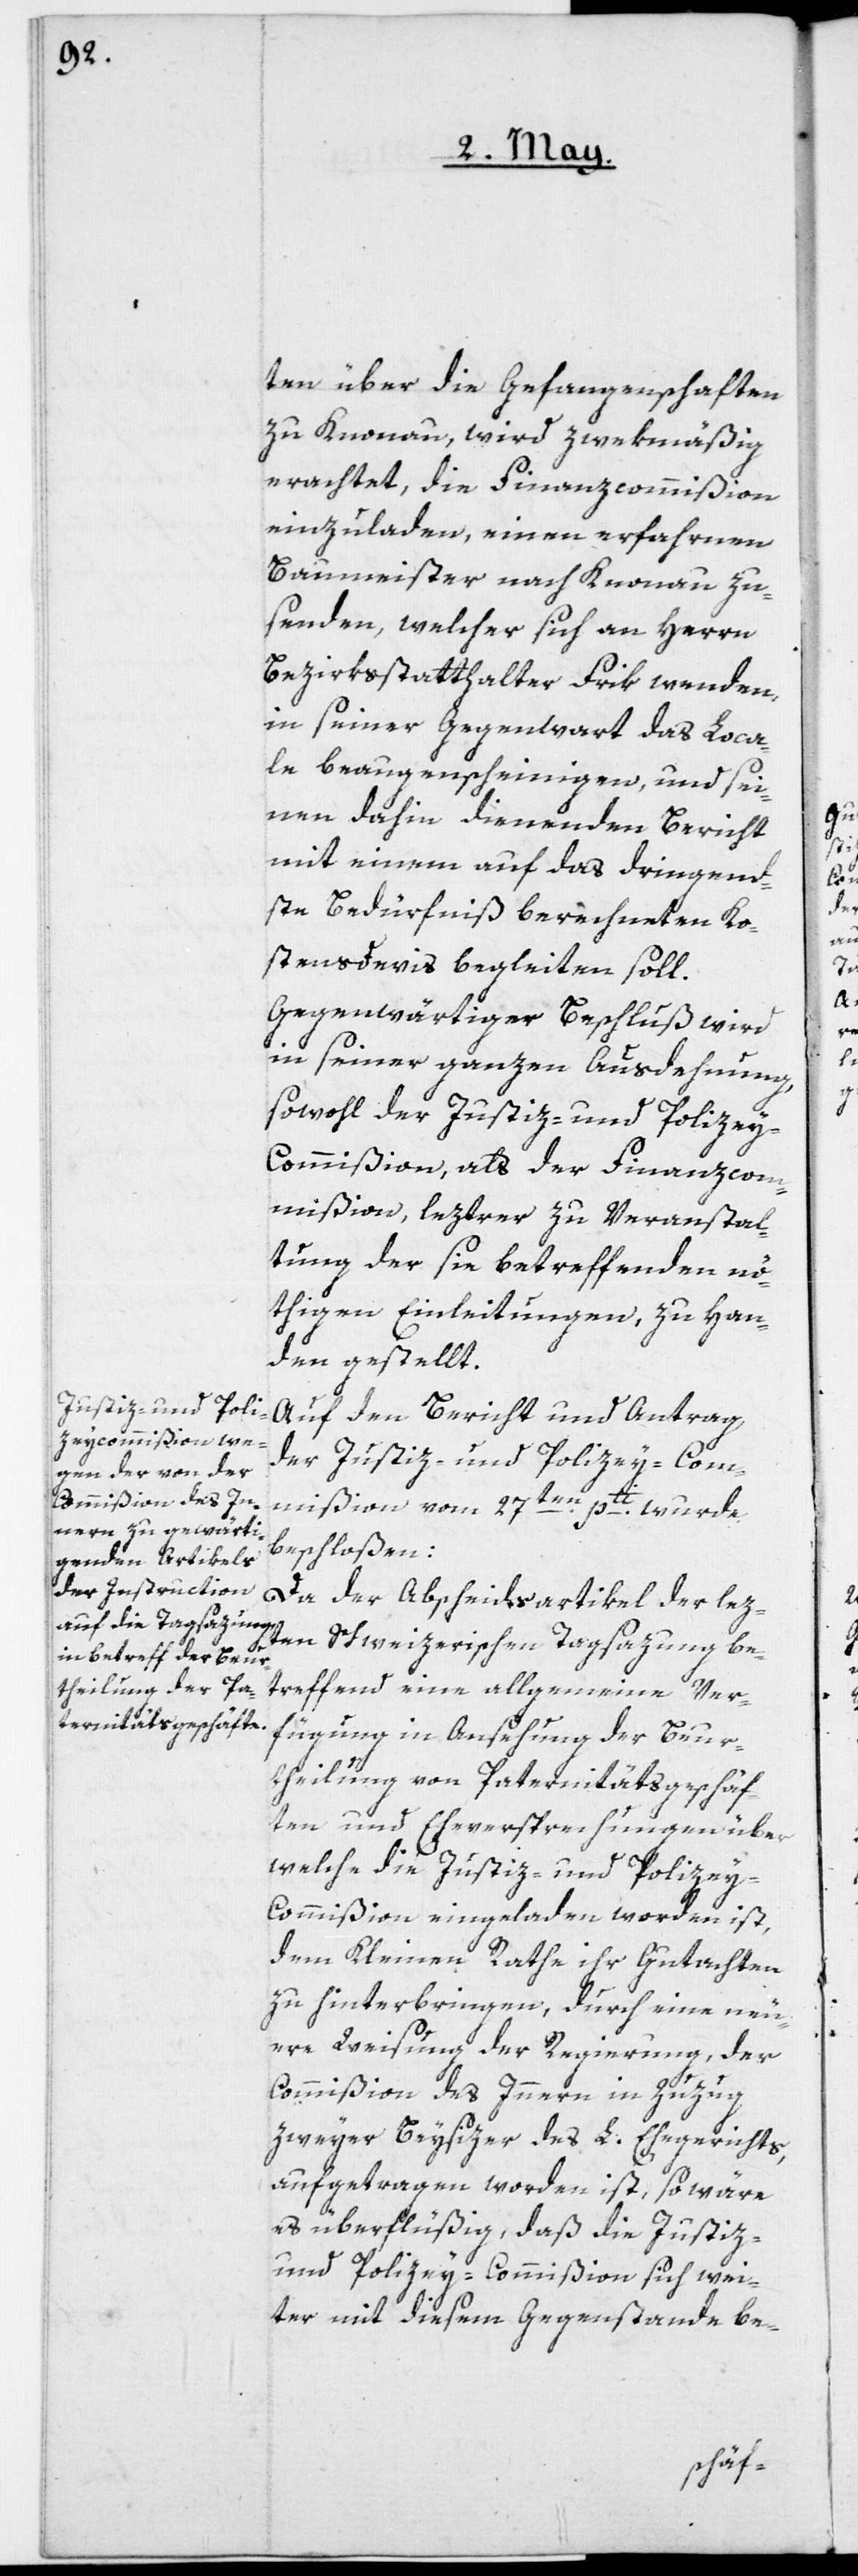
ten über die Gefangenschaften
zu Knonau wird zwekmäßig
erachtet, die Finanzcommißion
einzuladen, einen erfahrnen
Baumeister nach Knonau zu
senden, welcher sich an Herrn
Bezirksstatthalter Frik wenden,
in seiner Gegenwart das Loca¬
le beaugenscheinigen, und sei¬
nen dahin dienenden Bericht
mit einem auf das dringend¬
ste Bedürfniß berechneten Ko¬
stensdevis begleiten soll.
Gegenwärtiger Beschluß wird
in seiner ganzen Ausdehung,
sowohl der Justiz- und Polize¬
y-Commißion, als der Finanzcom¬
mißion, leztrer zu Veranstal¬
tung der sie betreffenden nö¬
thigen Einleitungen zu Han¬
den gestellt.
Auf den Bericht und Antrag
der Justiz- und Polizey-Com¬
mißion vom 27ten pti wurde
beschloßen:
Da der Abscheidsartikel der lez¬
ten Schweizerischen Tagsazung be¬
treffend eine allgemeine Ver¬
fügung in Ansehung der Beur¬
theilung von Paternitätsgeschäf¬
ten und Eheversprechungen über
welche die Justiz- und Polizey-C¬
ommißion eingeladen worden ist,
dem Kleinen Rathe ihr Gutachten
zu hinterbringen, durch eine neu¬
ere Weisung der Regierung, der
Commißion des Innern in Zuzug
zweyer Beysizer des L. Ehegerichts,
aufgetragen worden ist, so wäre
es überflüßig, daß die Justiz-
und Polizey-Commißion sich wei¬
ter mit diesem Gegenstande be-